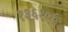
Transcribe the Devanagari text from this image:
१३६१०६